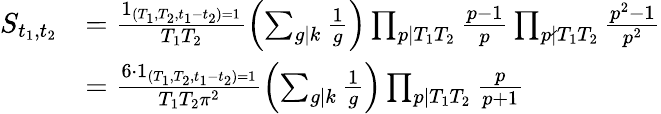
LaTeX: \begin{array}{rl}{S_{t_{1},t_{2}}}&{=\frac{1_{(T_{1},T_{2},t_{1}-t_{2})=1}}{T_{1}T_{2}}\left(\sum_{g\mid k}\frac{1}{g}\right)\prod_{\substack{p\mid T_{1}T_{2}}}\frac{p-1}{p}\prod_{p\nmid T_{1}T_{2}}\frac{p^{2}-1}{p^{2}}}\\ &{=\frac{6\cdot 1_{(T_{1},T_{2},t_{1}-t_{2})=1}}{T_{1}T_{2}\pi^{2}}\left(\sum_{g\mid k}\frac{1}{g}\right)\prod_{p\mid T_{1}T_{2}}\frac{p}{p+1}}\end{array}